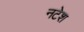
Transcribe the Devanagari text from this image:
नटेश